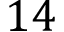
1 4